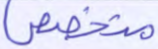
متخصص